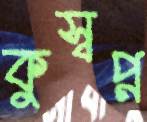
কুস্বপ্ন